Senior Leaving Certificate Examination (including Day School Certificate (Higher) General paper), 1950
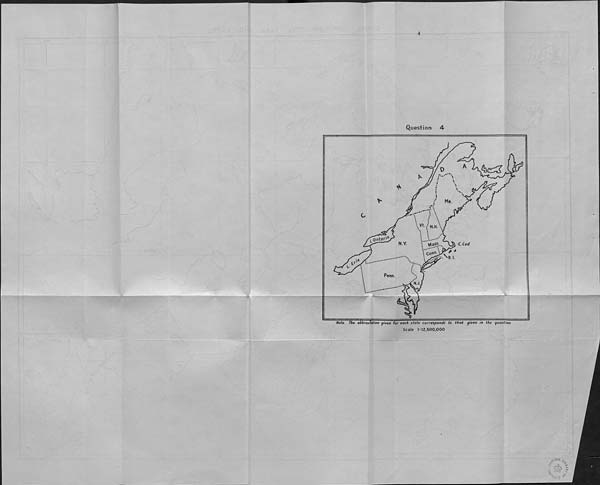
4
Question
4
A
D
Me
c
vt N.H
Ontario
N.Y
C.Cod
tAass
Conn
. N R. I.
Penn
N.J
• •••
TAe abbreviation given for each state corresponds to that given in the question
Scale 1:12,500,000
7